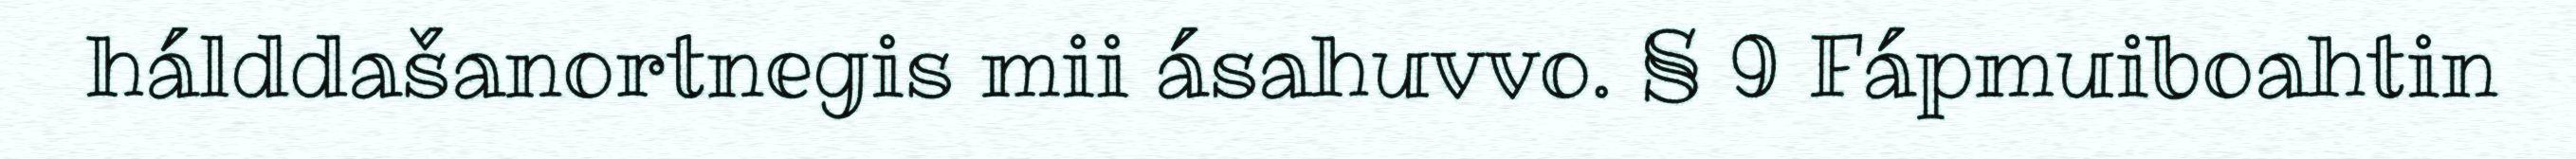
hálddašanortnegis mii ásahuvvo. § 9 Fápmuiboahtin